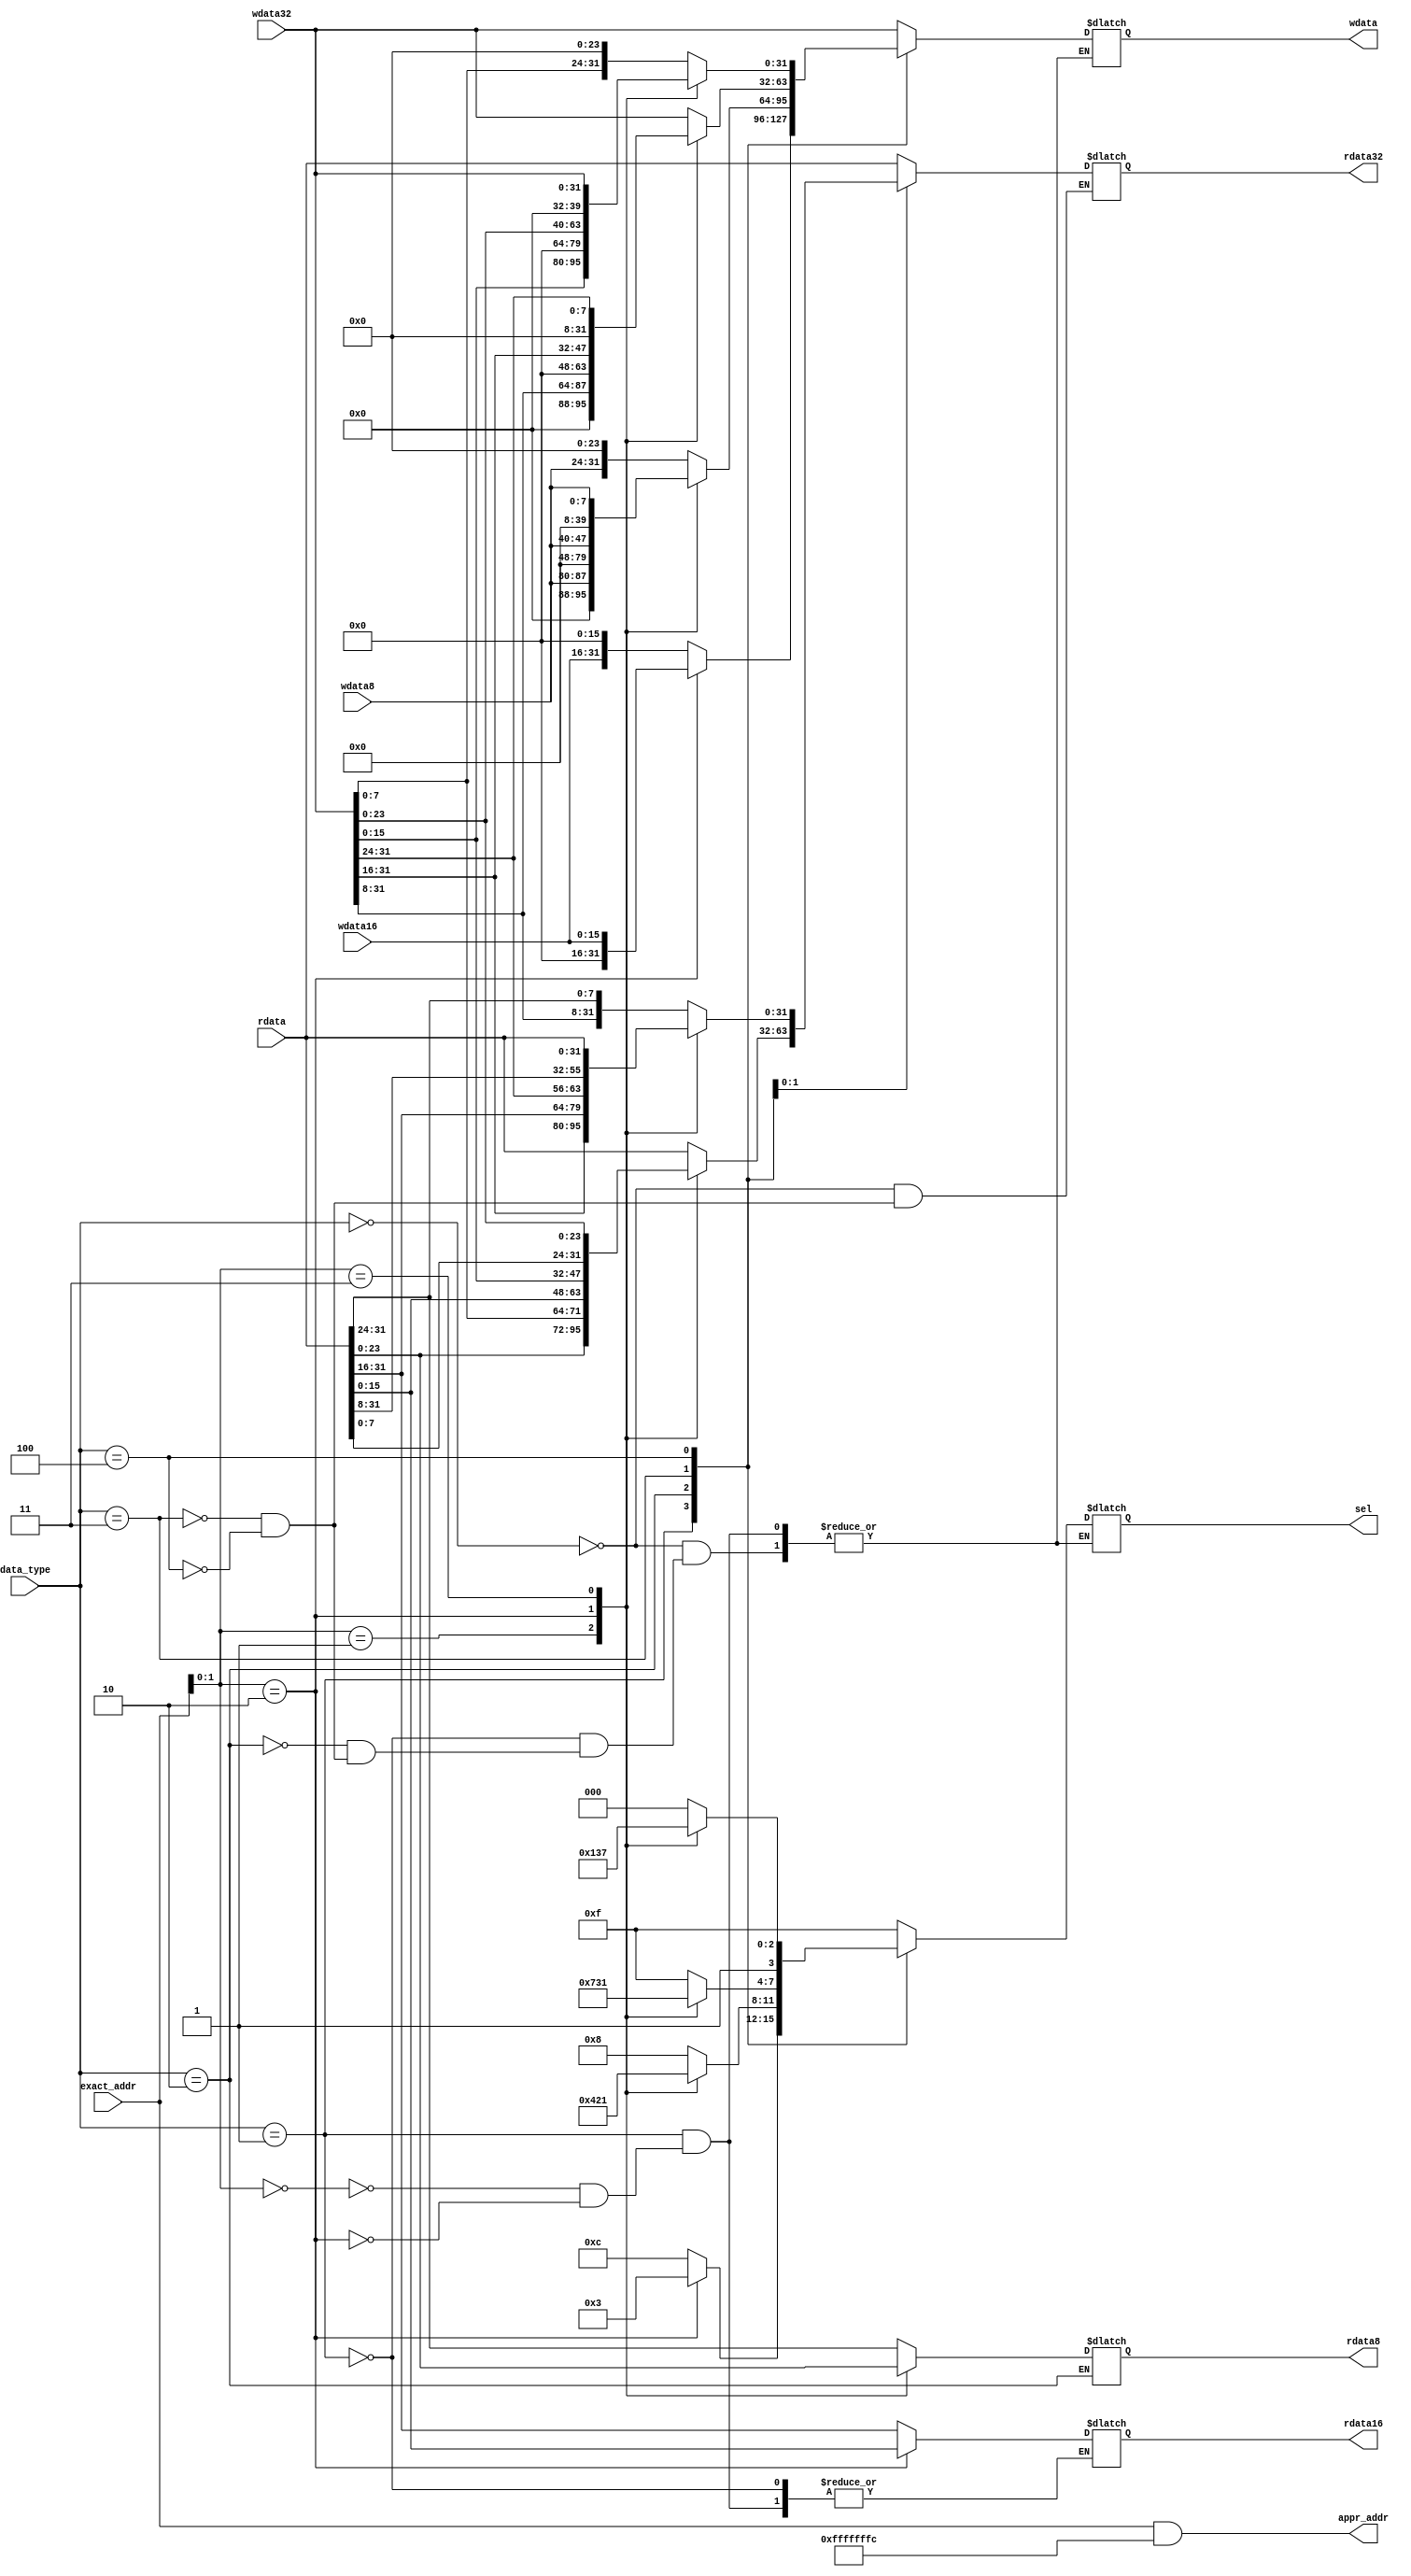
`timescale 1ns / 1ps
//2021.4.4
//2021.5.13
//2021.5.13sel
module cpmem(
    input [3:0] data_type,
    input [31:0] exact_addr,
    output [31:0] appr_addr,
    output reg [31:0] rdata32,
    output reg [15:0] rdata16,
    output reg [7:0] rdata8,
    input [31:0] rdata,
    input [31:0] wdata32,
    input [15:0] wdata16,
    input [7:0] wdata8,
    output reg [31:0] wdata,
    output reg [3:0] sel
);
    wire [1:0] offset;
    assign offset = exact_addr[1:0];
    assign appr_addr = exact_addr & 32'hfffffffc;
    parameter Wdata=4'd0,Hdata=4'd1,Bdata=4'd2,Ldata=4'd3,Rdata=4'd4;
    always@(*)
    begin
        case(data_type)
        //big-endian
        Wdata:begin
            sel<=4'b1111;
            rdata32<=rdata;
            wdata<=wdata32;
        end
        Hdata:begin
            case(offset)
            2'b00:begin
                sel<=4'b1100;
                rdata16<=rdata[31:16];
                wdata<={wdata16,16'b0};
            end
            2'b10:begin
                sel<=4'b0011;
                rdata16<=rdata[15:0];
                wdata<={16'b0,wdata16};
            end
            endcase
        end
        Bdata:begin
            case(offset)
            2'b00:begin
                sel<=4'b1000;
                rdata8<=rdata[31:24];
                wdata<={wdata8,24'b0};
            end
            2'b01:begin
                sel<=4'b0100;
                rdata8<=rdata[23:16];
                wdata<={8'b0,wdata8,16'b0};
            end
            2'b10:begin
                sel<=4'b0010;
                rdata8<=rdata[15:8];
                wdata<={16'b0,wdata8,8'b0};
            end
            2'b11:begin
                sel<=4'b0001;
                rdata8<=rdata[7:0];
                wdata<={24'b0,wdata8};
            end
            endcase
        end
        Ldata:begin
            case(offset)
            2'b00:begin
                sel<=4'b1111;
                rdata32<=rdata;
                wdata<=wdata32;
            end
            2'b01:begin
                sel<=4'b0111;
                rdata32<={rdata[23:0],wdata32[7:0]};
                wdata<={8'b0,wdata32[31:8]};
            end
            2'b10:begin
                sel<=4'b0011;
                rdata32<={rdata[15:0],wdata32[15:0]};
                wdata<={16'b0,wdata32[31:16]};
            end
            2'b11:begin
                sel<=4'b0001;
                rdata32<={rdata[7:0],wdata32[23:0]};
                wdata<={24'b0,wdata32[31:24]};
            end
            endcase
        end
        Rdata:begin
            case(offset)
            2'b00:begin
                sel<=4'b1000;
                rdata32<={wdata32[31:8],rdata[31:24]};
                wdata<={wdata32[7:0],24'b0};
            end
            2'b01:begin
                sel<=4'b1100;
                rdata32<={wdata32[31:16],rdata[31:16]};
                wdata<={wdata32[15:0],16'b0};
            end
            2'b10:begin
                sel<=4'b1110;
                rdata32<={wdata32[31:24],rdata[31:8]};
                wdata<={wdata32[23:0],8'b0};
            end
            2'b11:begin
                sel<=4'b1111;
                rdata32<=rdata;
                wdata<=wdata32;
            end
            endcase
        end
        endcase
    end
endmodule